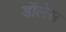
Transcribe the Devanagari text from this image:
डॉलेस